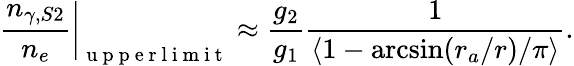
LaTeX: \frac{n_{\gamma,S2}}{n_{e}}\bigg\vert_{\mathrm{~u~p~p~e~r~l~i~m~i~t~}}\approx\frac{g_{2}}{g_{1}}\frac{1}{\langle 1-\arcsin(r_{a}/r)/\pi\rangle}.